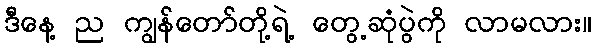
ဒီနေ့ ည ကျွန်တော်တို့ရဲ့ တွေ့ဆုံပွဲကို လာမလား။